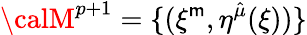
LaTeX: {\calM}^{p+1}=\{ (\xi^{\mathsf{m}},\eta^{\hat{{\mu}}}(\xi))\}